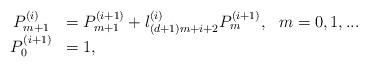
LaTeX: \begin{align*}\begin{array}{cl}P_{m+1}^{\left( i\right) } & =P_{m+1}^{\left( i+1\right)}+l_{(d+1)m+i+2}^{(i)}P_{m}^{\left( i+1\right) },\ \ m=0,1,... \\ P_{0}^{\left( i+1\right) } & =1,\end{array}\end{align*}